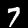
Digit: 7